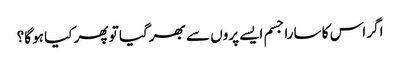
اگر اس کا سارا جسم ایسے پروں سے بھر گیا تو پھر کیا ہو گا؟